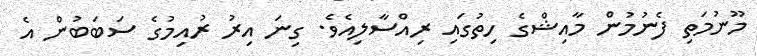
މޫނުމަތި ފެނުމުން މާއިޝްގެ ހިތުގައި ރިއްސާލިއެވެ. ގިނަ އިރު ރުއިމުގެ ސަބަބުން އެ